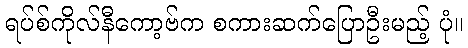
ရပ်စ်ကိုလ်နီကော့ဗ်က စကားဆက်ပြောဦးမည့် ပုံ။